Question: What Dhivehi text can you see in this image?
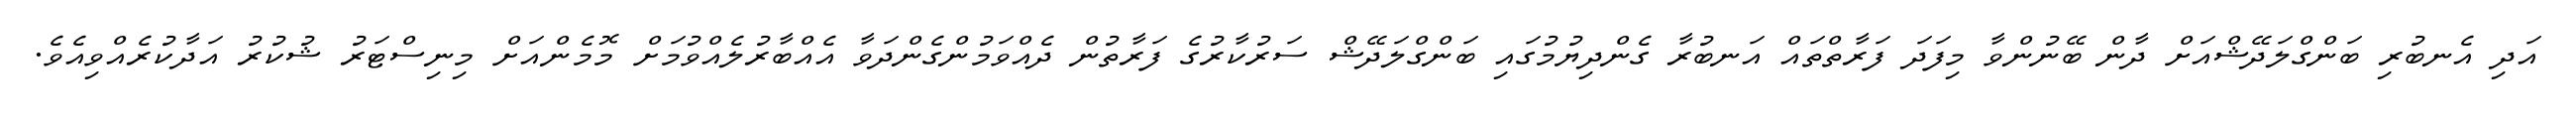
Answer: އަދި އެނބުރި ބަންގްލަދޭޝްއަށް ދާން ބޭނުންވާ މިފަދަ ފަރާތްތައް އަނބުރާ ގެންދިޔުމުގައި ބަންގްލަދޭޝް ސަރުކާރުގެ ފަރާތުން ދެއްވަމުންގެންދަވާ އެއްބާރުލެއްވުމަށް މޮމެންއަށް މިނިސްޓަރު ޝުކުރު އަދާކުރެއްވިއެވެ.